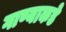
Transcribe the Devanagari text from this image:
गाण्याकडे